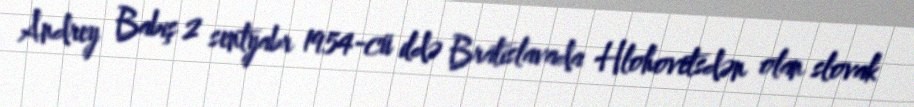
Andrey Babiş 2 sentyabr 1954-cü ildə Bratislavada Hlohovetsdən olan slovak